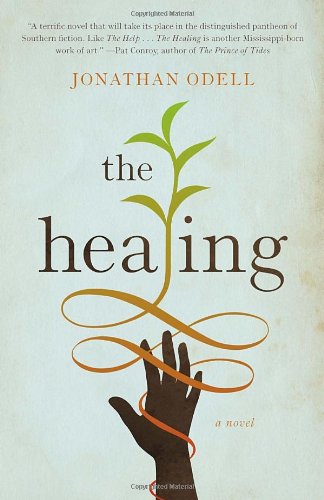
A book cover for The Healing; Jonathan Odell; Literature & Fiction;